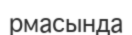
рмасында